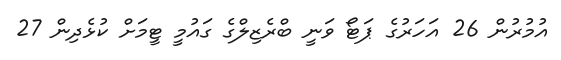
އުމުރުން 26 އަހަރުގެ ޕަޓޯ ވަނީ ބްރެޒިލްގެ ގައުމީ ޓީމަށް ކުޅެދިން 27